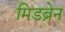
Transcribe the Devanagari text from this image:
मिडब्रेन